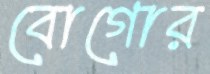
বোগোর